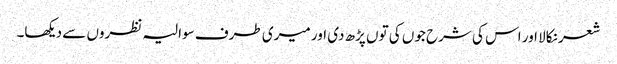
شعر نکالا اور اس کی شرح جوں کی توں پڑھ دی اور میری طرف سوالیہ نظروں سے دیکھا۔